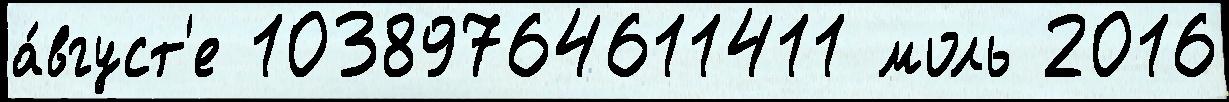
а́вгуст'е 10389764611411 моль 2016